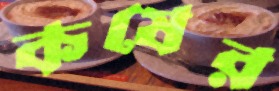
কষের